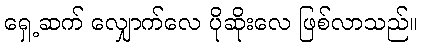
ရှေ့ဆက် လျှောက်လေ ပိုဆိုးလေ ဖြစ်လာသည်။